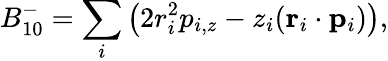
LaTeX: B_{10}^{-}=\sum_{i}\big(2r_{i}^{2}p_{i,z}-z_{i}(\mathbf{r}_{i}\cdot\mathbf{p}_{i})\big),